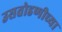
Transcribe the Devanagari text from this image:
उसतोडणीच्या